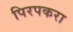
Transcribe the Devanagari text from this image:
पिरपकरा